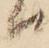
ハ